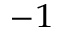
^ { - 1 }